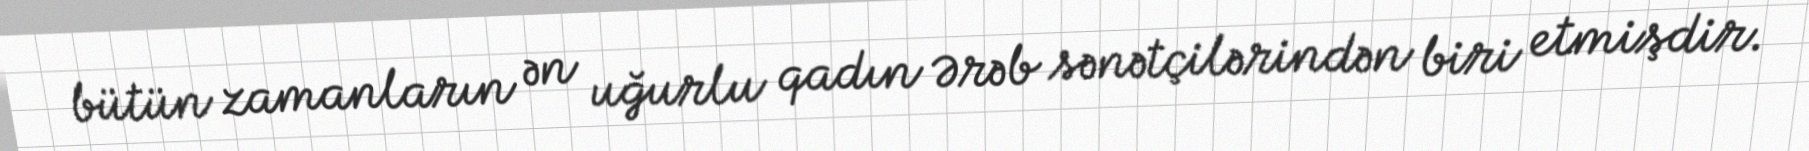
bütün zamanların ən uğurlu qadın Ərəb sənətçilərindən biri etmişdir.